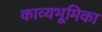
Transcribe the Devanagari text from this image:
काव्यभूमिका